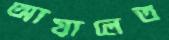
আয়ালেত